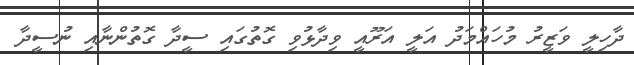
ދާހިލީ ވަޒީރު މުހައްމަދު އަލީ އަރޫއީ ވިދާޅުވި ގޮތުގައި ސީދާ ގޮތުންނާއި ނުސީދާ